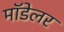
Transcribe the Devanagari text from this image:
मॉडेलर